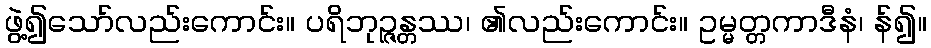
ဖွဲ့၍သော်လည်းကောင်း။ ပရိဘုဉ္ဇန္တဿ၊ ၏လည်းကောင်း။ ဥမ္မတ္တကာဒီနံ၊ န်၍။